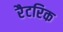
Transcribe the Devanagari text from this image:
रैटरिक